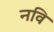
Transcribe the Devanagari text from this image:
नवि